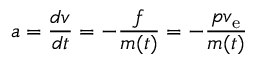
~ a = { \frac { d v } { d t } } = - { \frac { f } { m ( t ) } } = - { \frac { p v _ { \mathrm { e } } } { m ( t ) } }